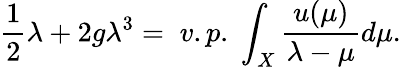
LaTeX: \frac 12\lambda+2g\lambda^{3}=\; v.p.\; \int_{X}\frac{u(\mu)}{\lambda-\mu}d\mu.